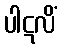
ပါဋလိံ